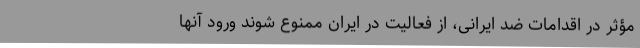
مؤثر در اقدامات ضد ایرانی، از فعالیت در ایران ممنوع شوند ورود آنها